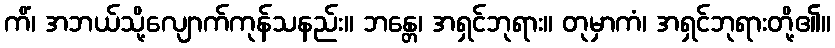
ကိံ၊ အဘယ်သို့လျောက်ကုန်သနည်း။ ဘန္တေ၊ အရှင်ဘုရား။ တုမှာကံ၊ အရှင်ဘုရားတို့၏။